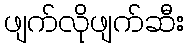
ဖျက်လိုဖျက်ဆီး